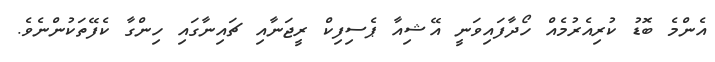
އެންމެ ބޮޑު ކުރިއެރުމެއް ހޯދާފައިވަނީ އޭޝިއާ ޕެސިފިކް ރީޖަނާއި ޗައިނާގައި ހިންގާ ކެފޭތަކުންނެވެ.